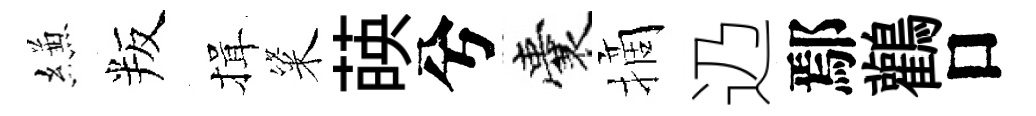
縑叛揖粢𦴤兮囊摘辸鄢鸛口